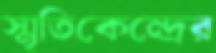
স্মৃতিকেন্দ্রের